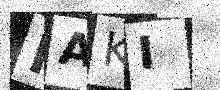
Text: RAKI